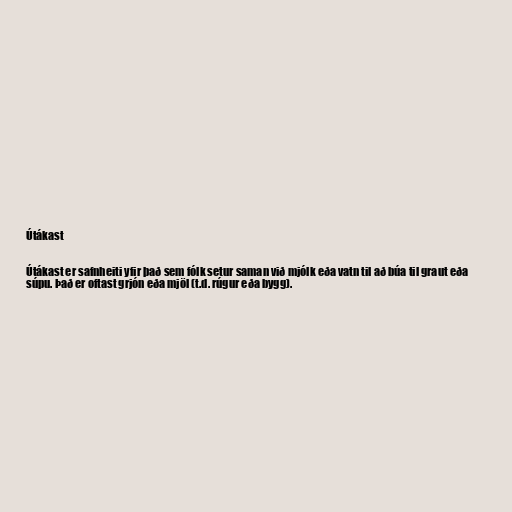
Útákast

Útákast er safnheiti yfir það sem fólk setur saman við mjólk eða vatn til að búa til graut eða
súpu. Það er oftast grjón eða mjöl (t.d. rúgur eða bygg).